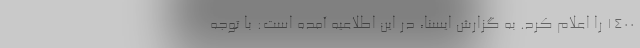
۱۴۰۰ را اعلام کرد. به گزارش ایسنا، در این اطلاعیه آمده است: با توجه